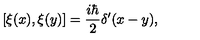
\left[ \xi ( x ) , \xi ( y ) \right] = \frac { i \hbar } { 2 } \delta ^ { \prime } ( x - y ) ,